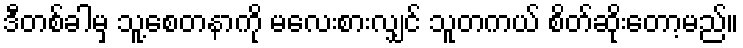
ဒီတစ်ခါမှ သူ့စေတနာကို မလေးစားလျှင် သူတကယ် စိတ်ဆိုးတော့မည်။